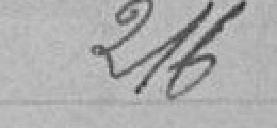
216